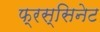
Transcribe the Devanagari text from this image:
फ्रस्सिनेट